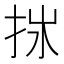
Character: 𢫂